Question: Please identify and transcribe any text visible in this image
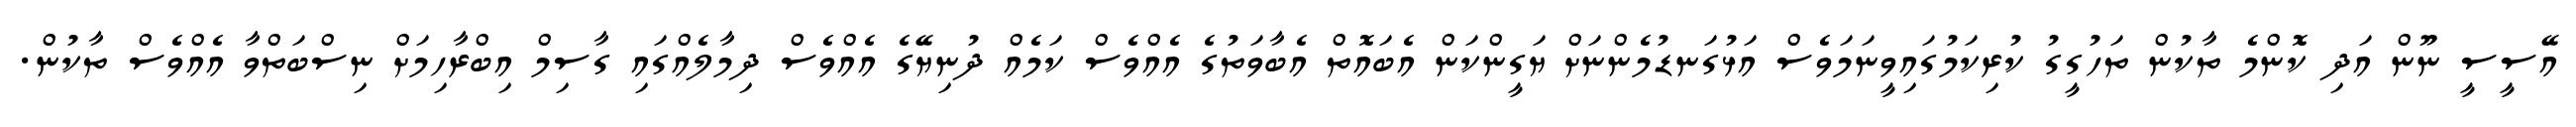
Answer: އޭސީސީ ނޫން އަދި ކޮންމެ ތާކުން ތަހުގީގު ކުރިކަމުގައިވީނަމަވެސް އަޅުގަނޑުމެންނަށް ޔަގީންކަން އެބައޮތް އެބާވަތުގެ އެއްވެސް ކަމެއް ދުނިޔޭގެ އެއްވެސް ދިމާލެއްގައި ގާސިމް އިބްރާހިމަށް ނިސްބަތްވާ އެއްވެސް ތާކުން.